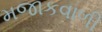
મજાકવાળી